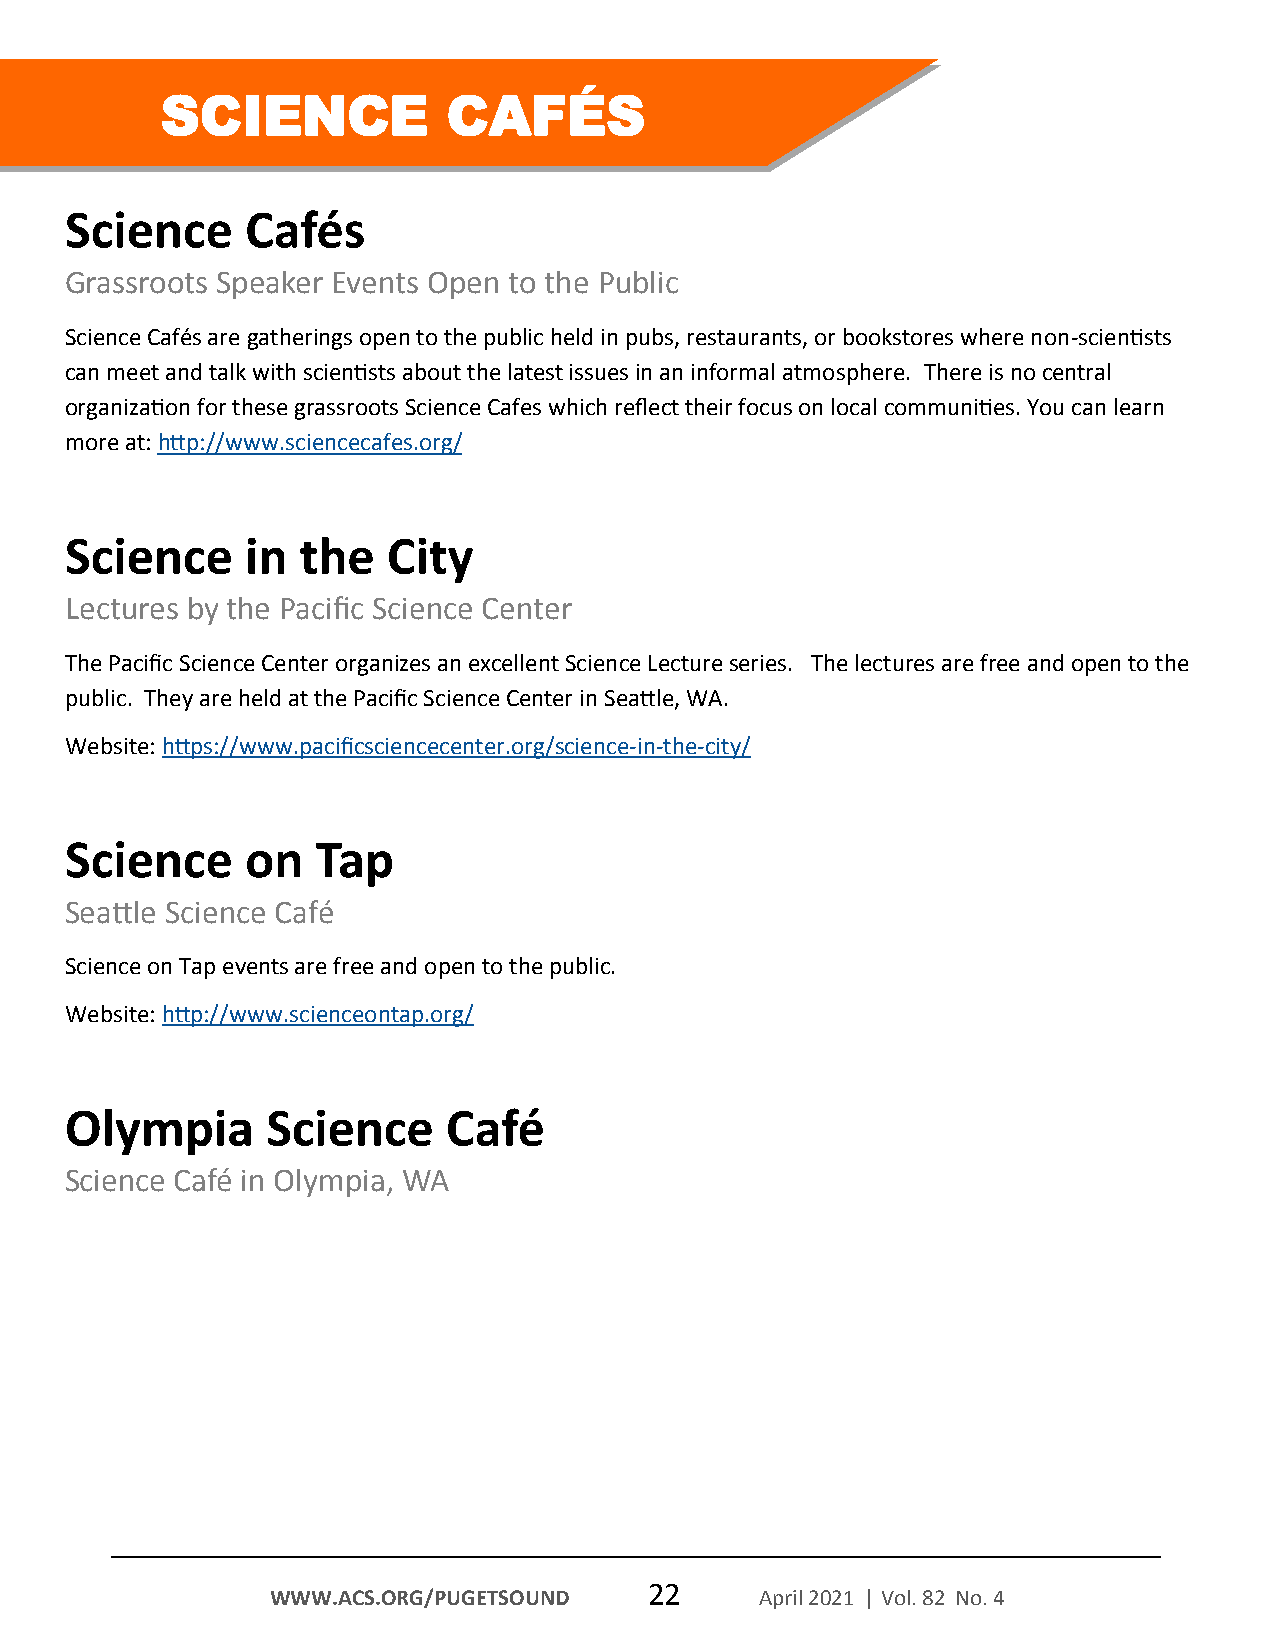
SCIENCE            CAFÉS
 Science     Cafés
 Grassroots Speaker Events Open to the Public
 Science Cafés are gatherings open to the public held in pubs, restaurants, or bookstores where non-scientists
 can meet and talk with scientists about the latest issues in an informal atmosphere. There is no central
 organization for these grassroots Science Cafes which reflect their focus on local communities. You can learn
 more at: http://www.sciencecafes.org/
 Science     in  the   City
 Lectures by the Pacific Science Center
 The Pacific Science Center organizes an excellent Science Lecture series. The lectures are free and open to the
 public. They are held at the Pacific Science Center in Seattle, WA.
 Website: https://www.pacificsciencecenter.org/science-in-the-city/
 Science     on   Tap
 Seattle Science Café
 Science on Tap events are free and open to the public.
 Website: http://www.scienceontap.org/
 Olympia       Science     Café
 Science Café in Olympia, WA
 22
 WWW.ACS.ORG/PUGETSOUND          April 2021 | Vol. 82 No. 4